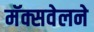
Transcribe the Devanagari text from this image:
मॅक्सवेलने